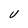
Character: U